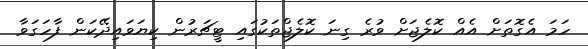
ހަމަ އެގޮތަށް އެއް ކޮލެޖަށް ވުރެ ގިނަ ކޮލެޖްތަކުގައި ޓީޗަރުން ކިޔަވައިދޭކަން ފާހަގަވާ